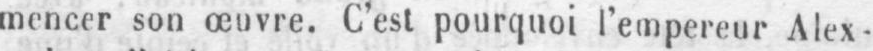
mencer sou œuvre. C’est pourquoi l’empereur Alex-